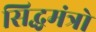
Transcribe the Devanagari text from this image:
सिद्धमंत्रो